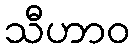
သီဟာဝ